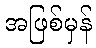
အဖြစ်မှန်